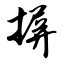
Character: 摒